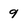
Character: 9